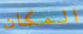
المكان